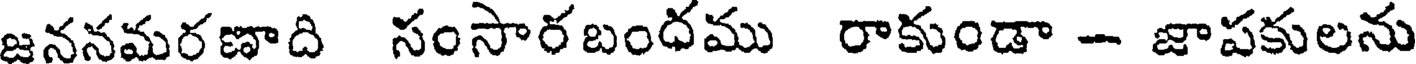
జననమరణాది సంసారబంధము రాకుండా - జాపకులను